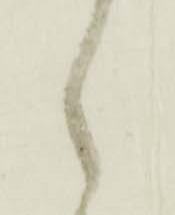
々